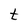
Character: t